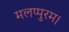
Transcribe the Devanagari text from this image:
मलप्पुरम।